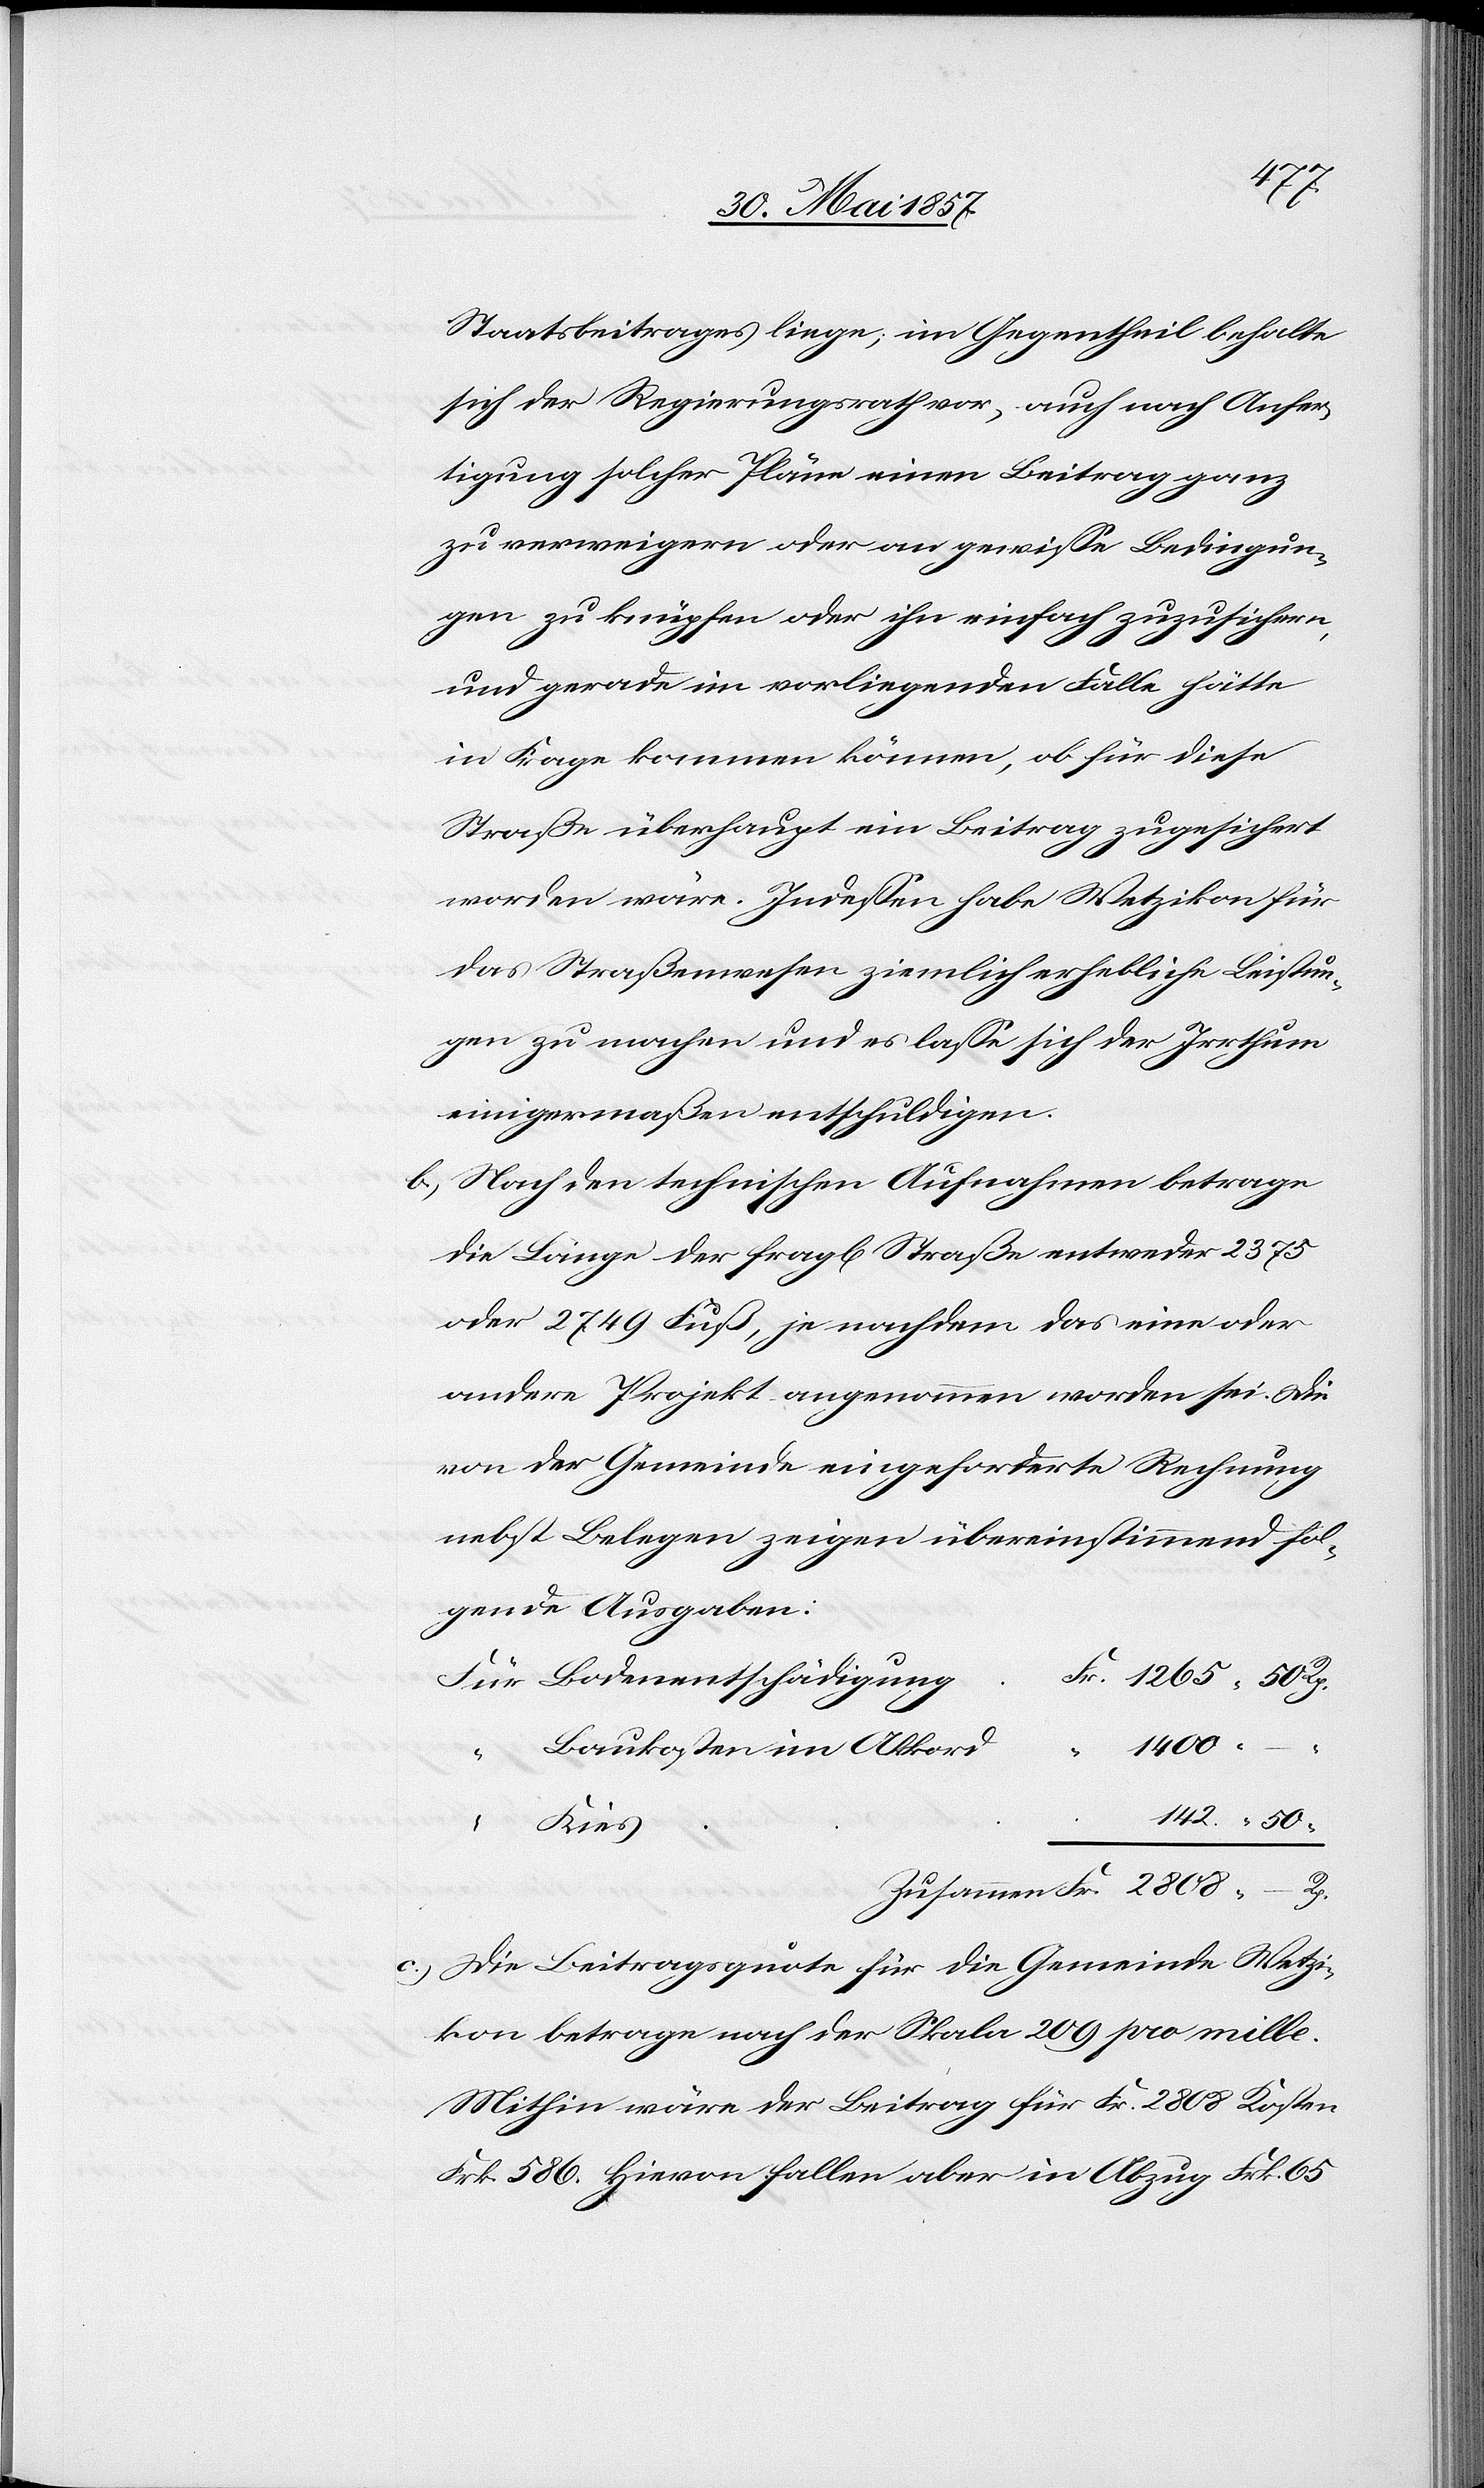
Staatsbeitrages liege, im Gegentheil behalte
sich der Regierungsrath vor, auch nach Anfer¬
tigung solcher Pläne einen Beitrag ganz
zu verweigern oder an gewisse Bedingun¬
gen zu knüpfen oder ihn einfach zuzusichern,
und gerade im vorliegenden Falle hätte
in Frage kommen können, ob für diese
Straße überhaupt ein Beitrag zugesichert
worden wäre. Indessen habe Wetzikon für
das Straßenwesen ziemlich erhebliche Leistun¬
gen zu machen und es lasse sich der Irrthum
einigermaßen entschuldigen.
b) Nach den technischen Aufnahmen betrage
die Länge der fragl. Straße entweder 2375
oder 2749 Fuß, je nachdem das eine oder
andere Projekt angenommen worden sei. Die
von der Gemeinde eingeforderte Rechnung
nebst Belegen zeigen übereinstimmend fol¬
gende Ausgaben:
1400. –
Rp.
142. 50
Zusammen Fr. 2808. – Rp.
c.) Die Beitragsquote für die Gemeinde Wetzi¬
kon betrage nach der Skala 209 pro mille.
Mithin wäre der Beitrag für Fr. 2808 Kosten
Frk. 586. Hievon fallen aber in Abzug Frk. 65